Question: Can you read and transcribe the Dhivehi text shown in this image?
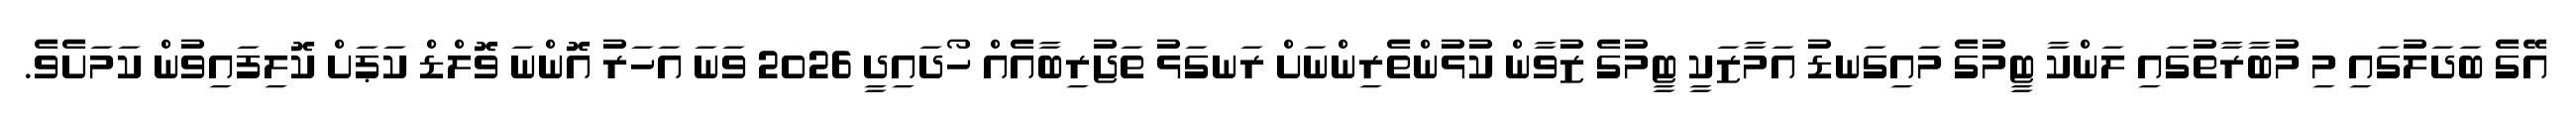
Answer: އޭގެ ބަދަލުގައި މި މުބާރާތުގައި ލަންކާ ޓީމުގެ މައިގަނޑު އަމާޒަކީ ޓީމުގެ ޒުވާން ކުޅުންތެރިންނަށް ރަނގަޅު ތަޖުރިބާއެއް ހޯދައިދީ 2026 ވަނަ އަހަރު އޮންނަ ވޮލްޑް ކަޕަށް ކޮލިފައިވުން ކަމަށެވެ.